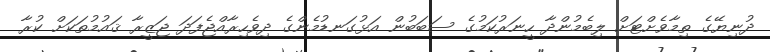
ދުނިޔޭގެ ތިމާވެށްޓަށް ލިބެމުންދާ ހީނަރުކަމުގެ ސަބަބުން އަޅުގަނޑުމެންގެ ދިވެހިރާއްޖެފަދަ ޖަޒީރާ ޤައުމުތަކަށް ކުރާ